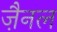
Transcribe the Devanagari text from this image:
ज़ैनल